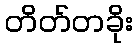
တိတ်တခိုး